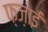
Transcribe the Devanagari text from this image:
फ़ज़ाई